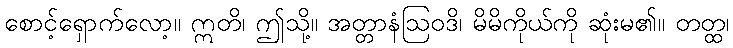
စောင့်ရှောက်လော့။ ဣတိ၊ ဤသို့။ အတ္တာနံဩဝဒိ၊ မိမိကိုယ်ကို ဆုံးမ၏။ တတ္ထ၊